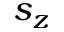
s _ { z }